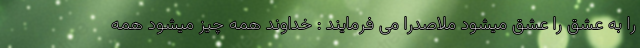
را به عشق را عشق میشود ملاصدرا می فرمایند : خداوند همه چیز میشود همه